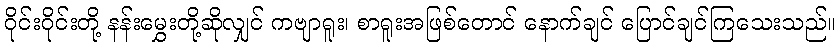
ဝိုင်းဝိုင်းတို့ နန်းမွှေးတို့ဆိုလျှင် ကဗျာရူး၊ စာရူးအဖြစ်တောင် နောက်ချင် ပြောင်ချင်ကြသေးသည်။